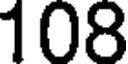
108